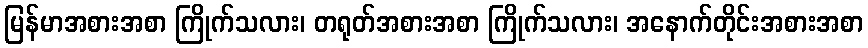
မြန်မာအစားအစာ ကြိုက်သလား၊ တရုတ်အစားအစာ ကြိုက်သလား၊ အနောက်တိုင်းအစားအစာ